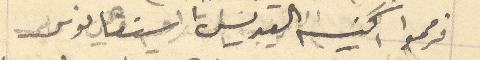
فرمموا كنيسه القديس استفانوس